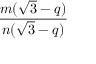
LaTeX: \frac { m ( { \sqrt { 3 } } - q ) } { n ( { \sqrt { 3 } } - q ) }